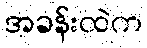
အခန်းထဲက